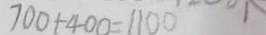
7 0 0 + 4 0 0 = 1 1 0 0